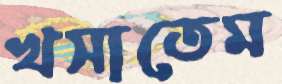
খসাতেম